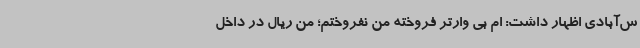
س‌آبادی اظهار داشت: ام بی وارتر فروخته من نفروختم؛ من ریال در داخل